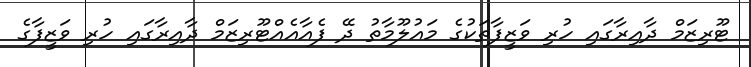
ޓޫރިޒަމް ދާއިރާގައި ހުރި ވަޒީފާތަކުގެ މައުލޫމާތު ދޭ ފެއާއެއްޓޫރިޒަމް ދާއިރާގައި ހުރި ވަޒީފާގެ